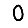
Digit: 0